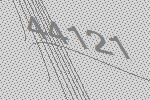
44121